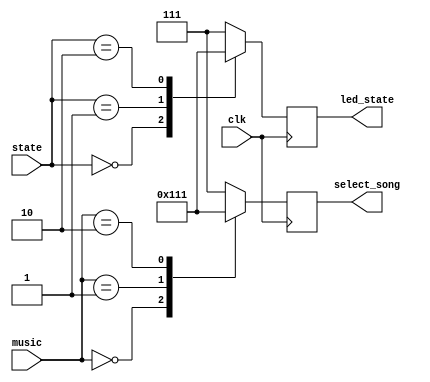
`timescale 1ns / 1ps
//////////////////////////////////////////////////////////////////////////////////
// Company: 
// Engineer: 
// 
// Design Name: 
// Module Name: autoplay_led_for_test
// Project Name: 
// Target Devices: 
// Tool Versions: 
// Description: 
// 
// Dependencies: 
// 
// Revision:
// Revision 0.01 - File Created
// Additional Comments:
// 
//////////////////////////////////////////////////////////////////////////////////


module autoplay_led_for_test(
    input clk,
    input [1:0] state,
    input [1:0] music, 
    output reg [2:0] led_state,
    output reg [2:0] select_song
    );
    
    parameter sstop = 2'b00, splay = 2'b01, spause = 2'b10;
    
    always@ (posedge clk) begin
        case(state)
            sstop: led_state = 3'b100;
            splay: led_state = 3'b010;
            spause: led_state = 3'b001;
            default: led_state = 3'b111;
        endcase
    end
    
    always@ (posedge clk) begin
        case(music)
            2'b00:select_song = 3'b100;
            2'b01:select_song = 3'b010;
            2'b10:select_song = 3'b001;
            default: select_song = 3'b111;
        endcase
    end
        
    
    
endmodule